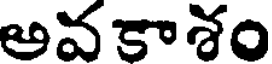
అవకాశం